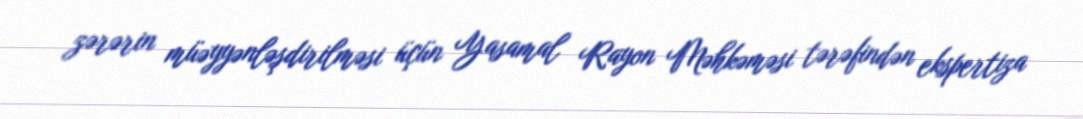
zərərin müəyyənləşdirilməsi üçün Yasamal Rayon Məhkəməsi tərəfindən ekspertiza